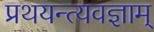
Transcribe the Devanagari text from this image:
प्रथयन्त्यवज्ञाम्‌